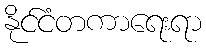
နိုင်ငံတကာရေးရာ